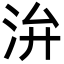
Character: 㳎